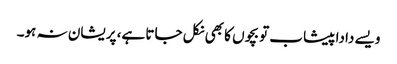
ویسے دادا پیشاب تو بچوں کا بھی نکل جاتا ہے، پریشان نہ ہو۔